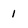
Character: 1